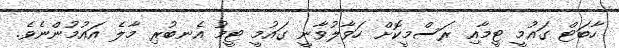
ހާބަޓް ގައުމީ ޓީމާއި ރަސްމީކޮށް ހަވާލުވާނީ ގައުމީ ޓީމު އެނބުރި މާލެ އައުމުންނެވެ.